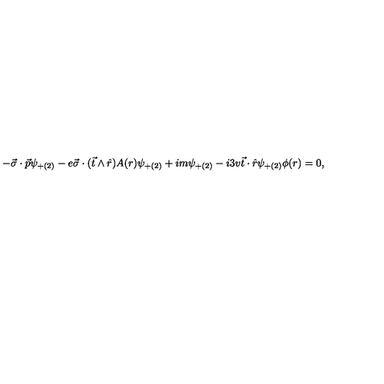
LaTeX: - \vec { \sigma } \cdot \vec { p } \psi _ { + ( 2 ) } - e \vec { \sigma } \cdot ( \vec { t } \wedge \hat { r } ) A ( r ) \psi _ { + ( 2 ) } + i m \psi _ { + ( 2 ) } - i 3 v \vec { t } \cdot \hat { r } \psi _ { + ( 2 ) } \phi ( r ) = 0 ,